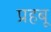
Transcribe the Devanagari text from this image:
प्रहबू